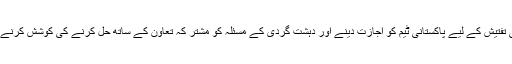
مسجد فتحپوری کے امام نے کہا کہ پٹھان کوٹ حملہ کی تفتیش کے لیے پاکستانی ٹیم کو اجازت دینے اور دہشت گردی کے مسئلہ کو مشتر کہ تعاون کے ساتھ حل کرنے کی کوشش کرنے کی حکومت ہند کی پالیسی کی تعریف کی جانی چاہیے۔